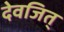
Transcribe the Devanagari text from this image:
देवजित्‌